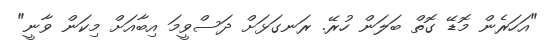
"އަހަރެން މޮޑޭ ގޮތް ބަލަން ހުރޭ. ރަނގަޅަށް ދަސްވީމަ އިބާއަށް މިކަން ވާނީ"